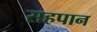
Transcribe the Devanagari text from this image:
सहपान